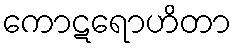
ကောဋရောဟိတာ